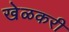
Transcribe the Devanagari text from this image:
खेळकरी